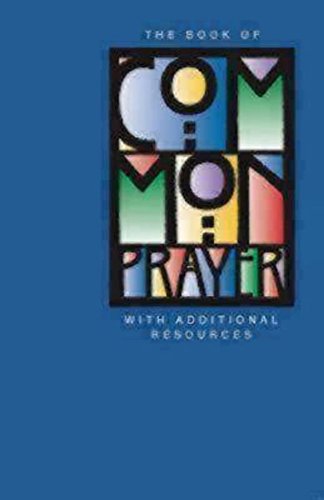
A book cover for The 1979 Book of Common Prayer with Additional Resources; Church Publishing; Christian Books & Bibles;